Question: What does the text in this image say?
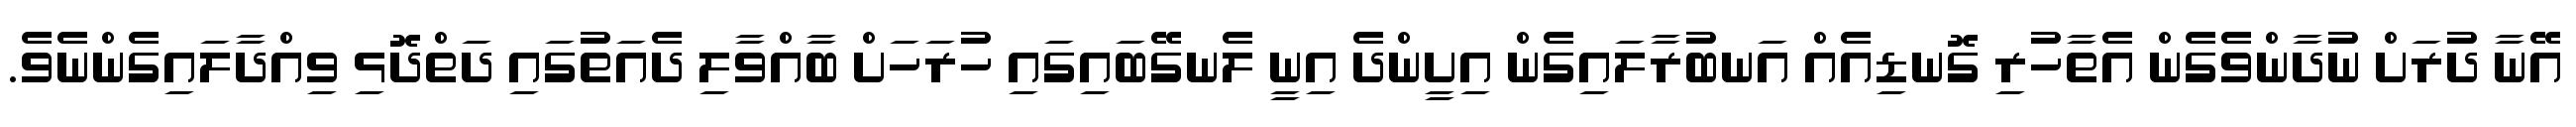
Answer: އޭނާ ދުރަށް ނުދާންވެގެން އެތާހުރި ގޮނޑިއެއް އަނބުރާލައިގެން އިށީންދެ އިނީ ލެނގޭބައިގައި ހުރަހަށް ބާއްވާލި ދެއަތުގައި ދަތްދޮޅި ވިއްދާލައިގެންނެވެ.